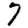
Digit: 7